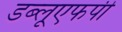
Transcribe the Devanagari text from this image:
डब्लूएफपी